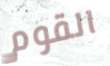
القوم